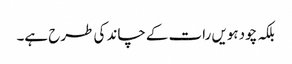
بلکہ چودہویں رات کے چاند کی طرح ہے۔